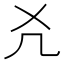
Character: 𠘮